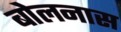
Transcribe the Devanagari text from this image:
बोलनास